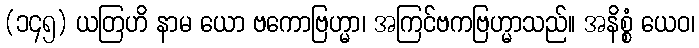
(၁၄၅) ယတြဟိ နာမ ယော ဗကောဗြဟ္မာ၊ အကြင်ဗကဗြဟ္မာသည်။ အနိစ္စံ ယေဝ၊